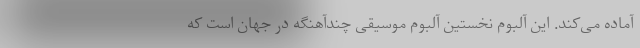
آماده می‌کند. این آلبوم نخستین آلبوم موسیقی چندآهنگه در جهان است که